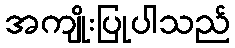
အကျိုးပြုပါသည်